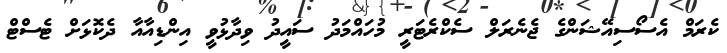
ކެރަމް އެސޯސިއޭޝަންގެ ޖެނެރަލް ސެކްރެޓަރީ މުހައްމަދު ސައީދު ވިދާޅުވީ އިންޑިއާއާ ދެކޮޅަށް ޓެސްޓް